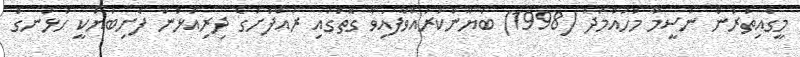
މީގެއިތުރުން ނަސީމާ މުހައްމަދު (1998) ބަޔާންކުރައްވާފައިވާ ގޮތުގައި ރައްފުށުގެ ދިރިއުޅުން ފެށިބަޔަކީ ހުޅަނގު